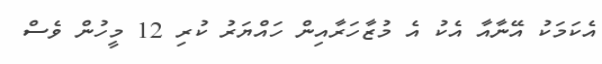
އެކަމަކު އޭނާއާ އެކު އެ މުޒާހަރާއިން ހައްޔަރު ކުރި 12 މީހުން ވެސް